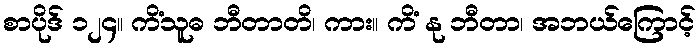
စာပိုဒ် ၁၂၄။ ကိံသူဓ ဘီတာတိ၊ ကား။ ကိံ နု ဘီတာ၊ အဘယ်ကြောင့်